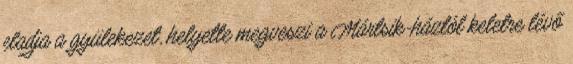
eladja a gyülekezet, helyette megveszi a Mártsik-háztól keletre lévő